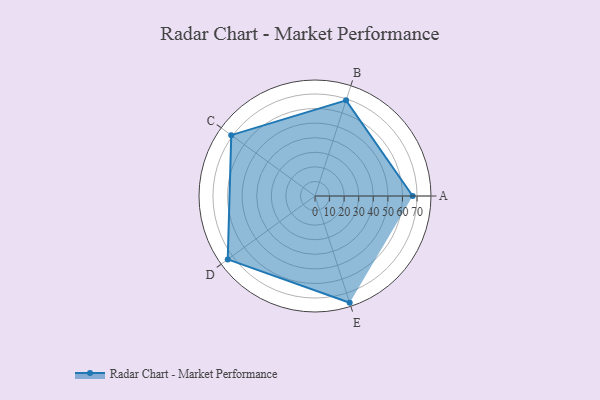
{"axis": {"x": "Skill", "y": "Score"}, "legend": ["Profile"], "data": [{"x": "A", "y": 67.0, "type": "Profile"}, {"x": "B", "y": 69.0, "type": "Profile"}, {"x": "C", "y": 71.0, "type": "Profile"}, {"x": "D", "y": 74.0, "type": "Profile"}, {"x": "E", "y": 77.0, "type": "Profile"}]}